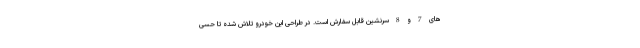
های 7 و 8 سرنشین قابل سفارش است. در طراحی این خودرو تلاش شده تا حسی